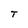
Character: T